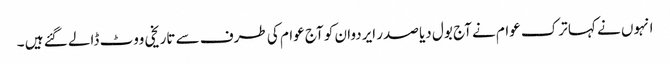
انہوں نے کہا ترک عوام نے آج بول دیا صدر ایردوان کو آج عوام کی طرف سے تاریخی ووٹ ڈالے گئے ہیں ۔